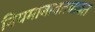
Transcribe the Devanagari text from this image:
नियमाबाबतबाबत